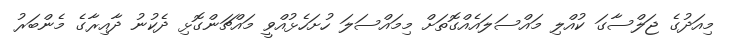
މިއަދުގެ ޖަލްސާގަ ކުއްލި މައްސަލައެއްގޮތަށް މިމައްސަލަ ހުށަހެޅުއްވީ މައްޗަންގޮޅި ދެކުނު ދާއިރާގެ މެންބަރު